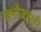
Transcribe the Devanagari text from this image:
कनौजचाही